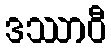
ဒဿာဝီ